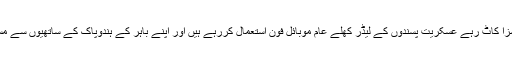
ذرائع کے مطابق جیل کی سزا کاٹ رہے عسکریت پسندوں کے لیڈر کھلے عام موبائل فون استعمال کررہے ہیں اور اپنے باہر کے ہندوپاک کے ساتھیوں سے مسلسل رابطے میں رہتے ہیں۔